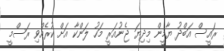
ރައީސް އަބްދު ޔާމީން މިދިޔަ ޖެނުއަރީ މަހު ލަންކާ އަށް ކުރެއްވި ރަސްމީ